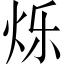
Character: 烁